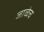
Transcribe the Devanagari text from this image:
जाळेच